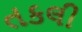
તકલી